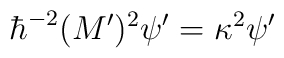
\hbar^{-2}(M')^2\psi'=\kappa^2\psi'